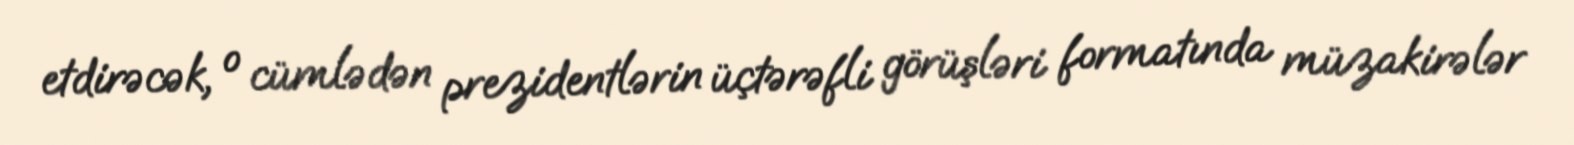
etdirəcək, o cümlədən prezidentlərin üçtərəfli görüşləri formatında müzakirələr